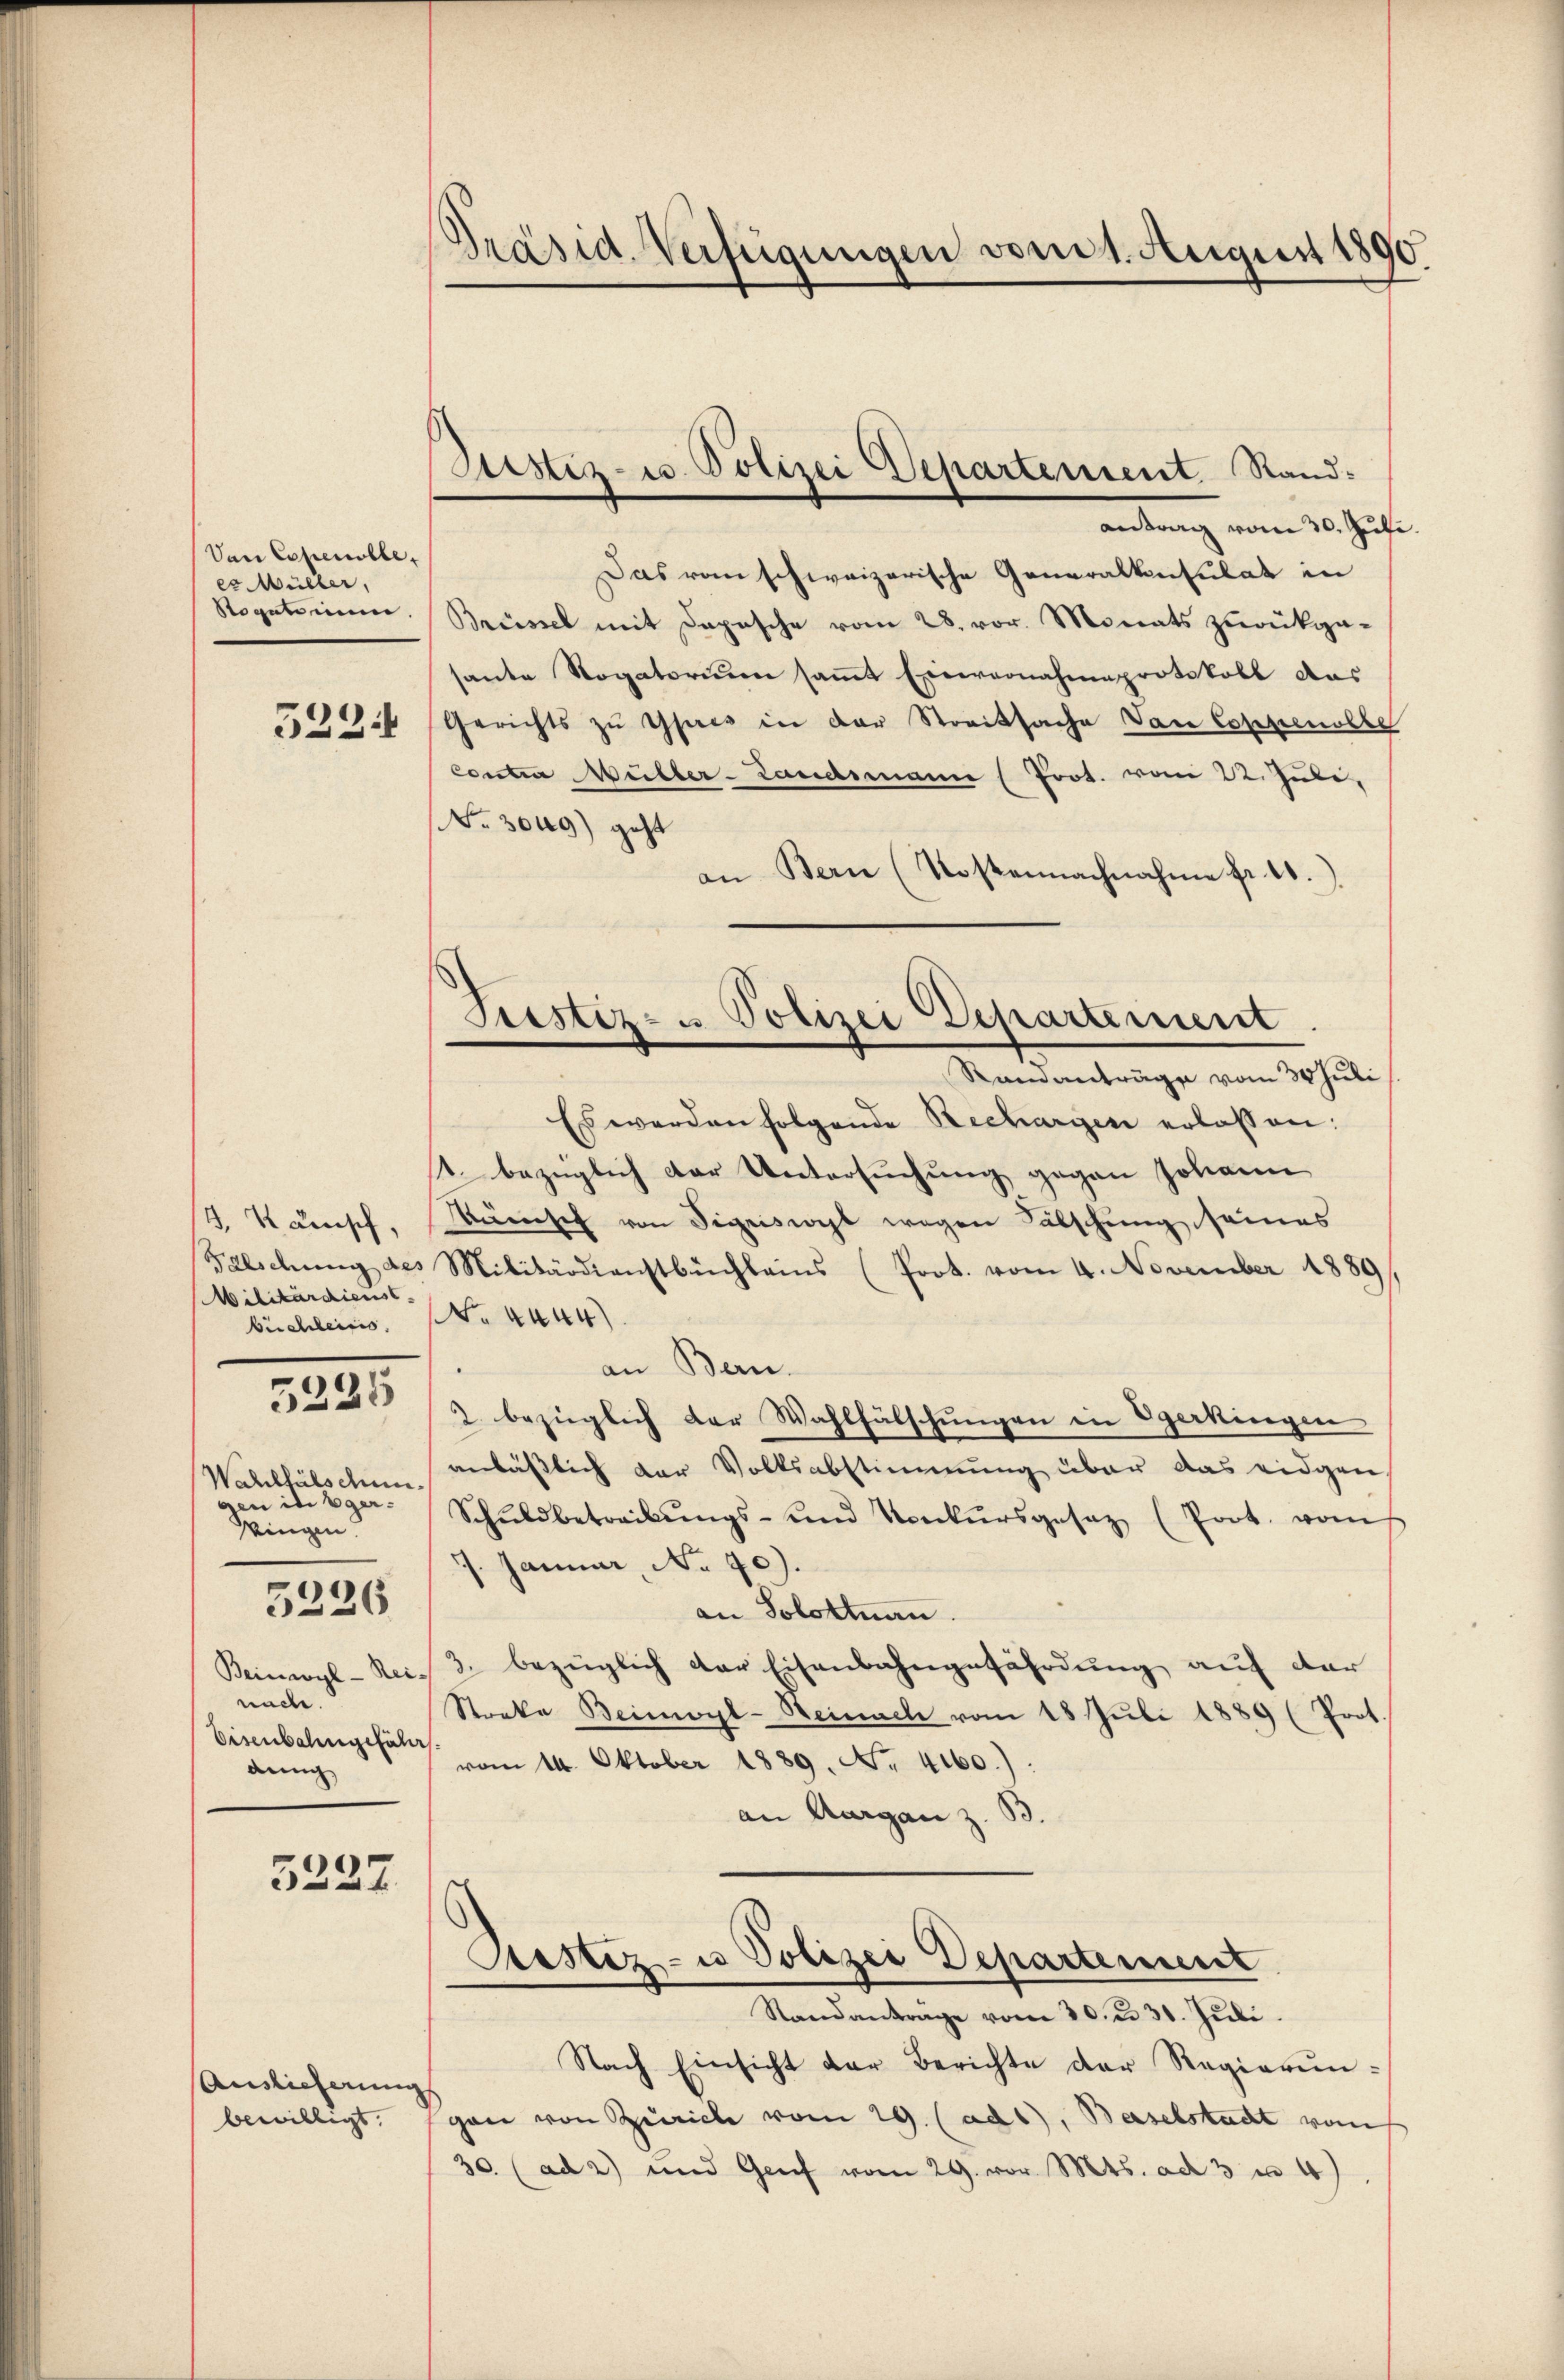
Van Copenible,
ex Müller,
Stogatinium

3224

. Känisch,
Falschung des
Militärdienst
büchleiris

5225

Waltheils dem
gen in Eger¬
Wingen

5226

Beinavyl-Reinache.
Eisenbahngefähr
deng

3227

Auslieferung
bewilligt.

.
Präsid. Verfügungen vom 1. August 1890.

Das vom schweizerische Generalkonsulat in
Brüssel mit Depesche vom 28. vor. Monats zurükga-
sante Rogatorium samt Einvernahmeprotokoll das
Gerichts zu ihres in der Streitsache Van Coppenolle
Contra Weilber-Landsmann (Prot. vom 22. Juli.
NNo. 3049) geht
an Bern (Kostennachnahme fr. 20.)
Ramanträge vom 30. Juli
Es werden folgende Rechargen erlassen:
1 bezüglich der Untersuchung gegen Johann
Wünsch von Sigriswyl wegen Fälschung seines
Militärdienstbüchleins (Prot. vom 4. November 1889
No. 4444)
an Bern.
2. bezüglich der Wahlfälschungen in Egerkingen
anlässlich der Volksabstimmung über das eidgen
Schŭldbetreibŭngs- und Konkŭrsgesetz (Prot. vom
7. Januar, No. 70).
an Solottnau.
3. bezüglich der Eisenbahngefährdung auf der
Streke Beimoyl-Beinach vom 18 Juli 1889 (Prot.
vom 14. Oktober 1889. No. 4160):
an Aargau z. B.

antrag vom 30. Juli

Bestiz- u. Polizei Departement Sand¬

Trestiz- u. Polizei Departement

Restiz- u Polizei Departement
Standantrage vom 30. u 31. Juli.

Nach Einsicht der Berichte der Regierungan von Zürich vom 29. (ad1), Barschsucht vom
30 (ad 2) und Genf vom 29. vor. Mts. ad 3 ca 4